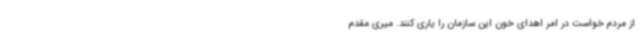
از مردم خواست در امر اهدای خون این سازمان را یاری کنند. میری مقدم